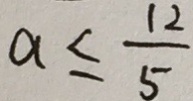
a \leq \frac { 1 2 } { 5 }